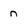
Character: n